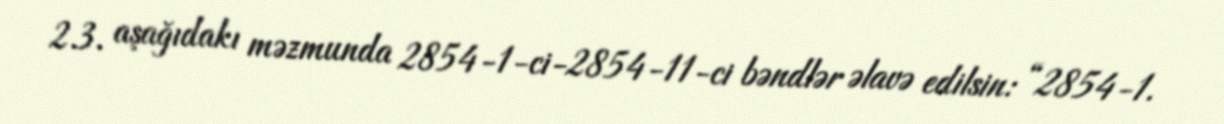
2.3. aşağıdakı məzmunda 2854-1-ci-2854-11-ci bəndlər əlavə edilsin: “2854-1.